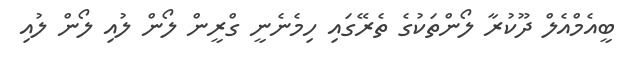
ބީއެމްއެލް ދޫކުރާ ލޯންތަކުގެ ތެރޭގައި ހިމެނެނީ ގްރީން ލޯން ލުއި ލޯން ލުއި